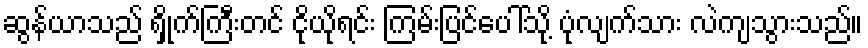
ဆွန်ယာသည် ရှိုက်ကြီးတင် ငိုယိုရင်း ကြမ်းပြင်ပေါ်သို့ ပုံလျက်သား လဲကျသွားသည်။